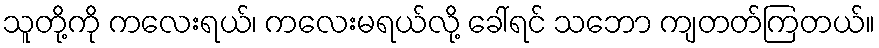
သူတို့ကို ကလေးရယ်၊ ကလေးမရယ်လို့ ခေါ်ရင် သဘော ကျတတ်ကြတယ်။